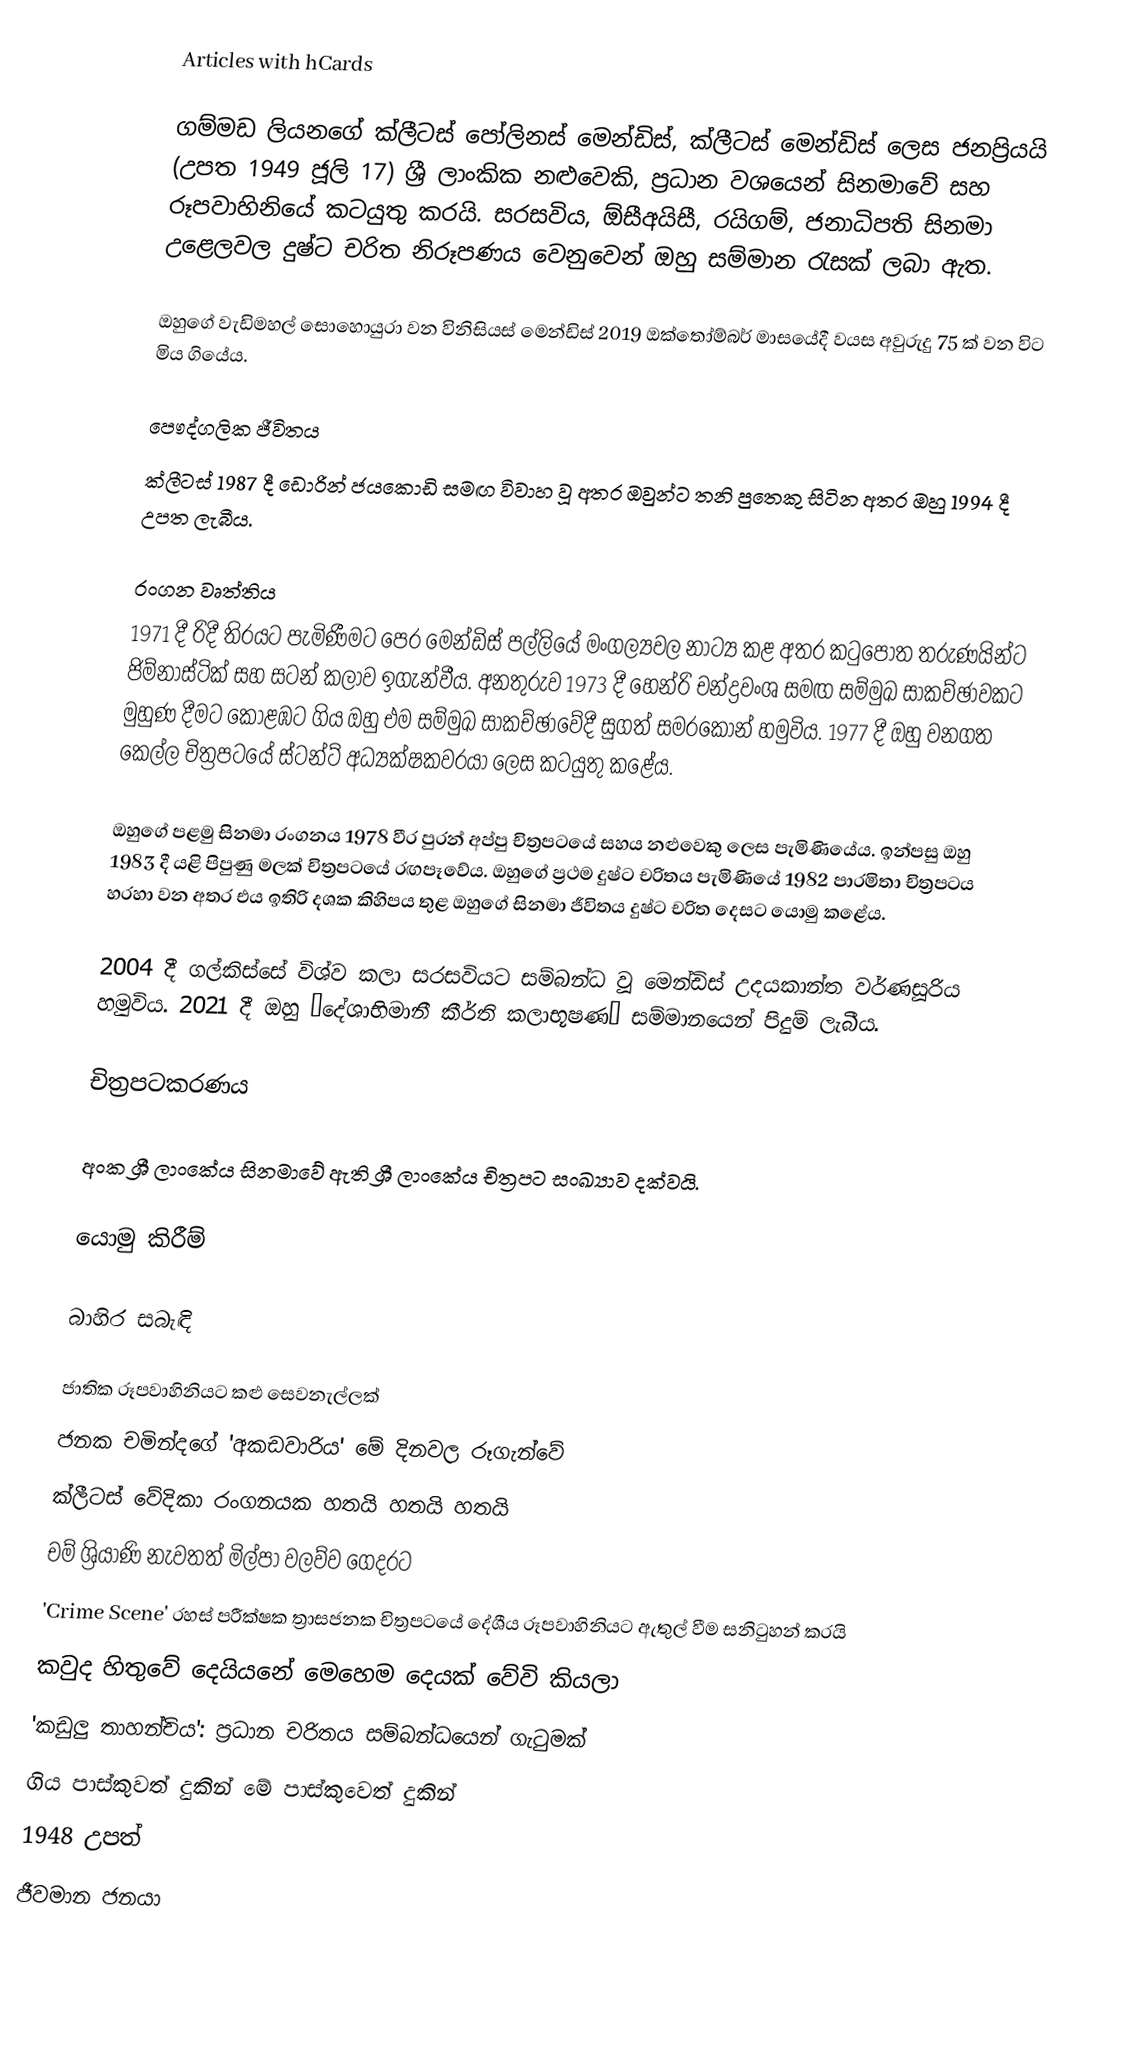
Articles with hCards

ගම්මඩ ලියනගේ ක්ලීටස් පෝලිනස් මෙන්ඩිස්, ක්ලීටස් මෙන්ඩිස් ලෙස ජනප්‍රියයි (උපත 1949 ජූලි 17) ශ්‍රී ලාංකික නළුවෙකි, ප්‍රධාන වශයෙන් සිනමාවේ සහ රූපවාහිනියේ කටයුතු කරයි. සරසවිය, ඕසීඅයිසී, රයිගම්, ජනාධිපති සිනමා උළෙලවල දුෂ්ට චරිත නිරූපණය වෙනුවෙන් ඔහු සම්මාන රැසක් ලබා ඇත.

ඔහුගේ වැඩිමහල් සොහොයුරා වන විනිසියස් මෙන්ඩිස් 2019 ඔක්තෝම්බර් මාසයේදී වයස අවුරුදු 75 ක් වන විට මිය ගියේය.

පෞද්ගලික ජීවිතය
ක්ලීටස් 1987 දී ඩොරින් ජයකොඩි සමඟ විවාහ වූ අතර ඔවුන්ට තනි පුතෙකු සිටින අතර ඔහු 1994 දී උපත ලැබීය.

රංගන වෘත්තිය
1971 දී රිදී තිරයට පැමිණීමට පෙර මෙන්ඩිස් පල්ලියේ මංගල්‍යවල නාට්‍ය කළ අතර කටුපොත තරුණයින්ට ජිම්නාස්ටික් සහ සටන් කලාව ඉගැන්වීය. අනතුරුව 1973 දී හෙන්රි චන්ද්‍රවංශ සමඟ සම්මුඛ සාකච්ඡාවකට මුහුණ දීමට කොළඹට ගිය ඔහු එම සම්මුඛ සාකච්ඡාවේදී සුගත් සමරකෝන් හමුවිය. 1977 දී ඔහු වනගත කෙල්ල චිත්‍රපටයේ ස්ටන්ට් අධ්‍යක්ෂකවරයා ලෙස කටයුතු කළේය.

ඔහුගේ පළමු සිනමා රංගනය 1978 වීර පුරන් අප්පු චිත්‍රපටයේ සහය නළුවෙකු ලෙස පැමිණියේය. ඉන්පසු ඔහු 1983 දී යළි පිපුණු මලක් චිත්‍රපටයේ රඟපෑවේය. ඔහුගේ ප්‍රථම දුෂ්ට චරිතය පැමිණියේ 1982 පාරමිතා චිත්‍රපටය හරහා වන අතර එය ඉතිරි දශක කිහිපය තුළ ඔහුගේ සිනමා ජීවිතය දුෂ්ට චරිත දෙසට යොමු කළේය.

2004 දී ගල්කිස්සේ විශ්ව කලා සරසවියට සම්බන්ධ වූ මෙන්ඩිස් උදයකාන්ත වර්ණසූරිය හමුවිය.  2021 දී ඔහු ‘දේශාභිමානී කීර්ති කලාභූෂණ’ සම්මානයෙන් පිදුම් ලැබීය.

චිත්‍රපටකරණය

 අංක ශ්‍රී ලාංකේය සිනමාවේ ඇති ශ්‍රී ලාංකේය චිත්‍රපට සංඛ්‍යාව දක්වයි.

යොමු කිරීම්

බාහිර සබැඳි

 ජාතික රූපවාහිනියට කළු සෙවනැල්ලක්
 ජනක චමින්දගේ 'අකඩවාරිය' මේ දිනවල රූගැන්වේ
 ක්ලීටස් වේදිකා රංගනයක හතයි හතයි හතයි
 චම් ශ්‍රියාණි නැවතත් මිල්පා වලව්ව ගෙදරට
 'Crime Scene' රහස් පරීක්ෂක ත්‍රාසජනක චිත්‍රපටයේ දේශීය රූපවාහිනියට ඇතුල් වීම සනිටුහන් කරයි
 කවුද හිතුවේ දෙයියනේ මෙහෙම දෙයක් වේවි කියලා
 'කඩුලු තාහන්චිය': ප්‍රධාන චරිතය සම්බන්ධයෙන් ගැටුමක්
 ගිය පාස්කුවත් දුකින් මේ පාස්කුවෙත් දුකින්
1948 උපත්
ජීවමාන ජනයා